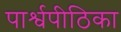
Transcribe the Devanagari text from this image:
पार्श्वपीठिका